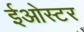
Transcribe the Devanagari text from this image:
ईओस्टर